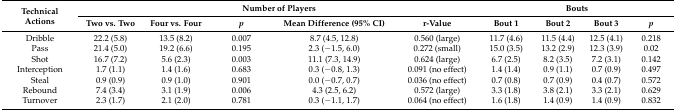
<table><thead><tr><td rowspan="2"><b>Technical Actions</b></td><td colspan="5"><b>Number of Players</b></td><td colspan="4"><b>Bouts</b></td></tr><tr><td><b>Two vs. Two</b></td><td><b>Four vs. Four</b></td><td><b><i>p</i></b></td><td><b>Mean Difference (95% CI)</b></td><td><b>r-Value</b></td><td><b>Bout 1</b></td><td><b>Bout 2</b></td><td><b>Bout 3</b></td><td><b><i>p</i></b></td></tr></thead><tbody><tr><td>Dribble</td><td>22.2 (5.8)</td><td>13.5 (8.2)</td><td>0.007</td><td>8.7 (4.5, 12.8)</td><td>0.560 (large)</td><td>11.7 (4.6)</td><td>11.5 (4.4)</td><td>12.5 (4.1)</td><td>0.218</td></tr><tr><td>Pass</td><td>21.4 (5.0)</td><td>19.2 (6.6)</td><td>0.195</td><td>2.3 (−1.5, 6.0)</td><td>0.272 (small)</td><td>15.0 (3.5)</td><td>13.2 (2.9)</td><td>12.3 (3.9)</td><td>0.02</td></tr><tr><td>Shot</td><td>16.7 (7.2)</td><td>5.6 (2.3)</td><td>0.003</td><td>11.1 (7.3, 14.9)</td><td>0.624 (large)</td><td>6.7 (2.5)</td><td>8.2 (3.5)</td><td>7.2 (3.1)</td><td>0.142</td></tr><tr><td>Interception</td><td>1.7 (1.1)</td><td>1.4 (1.6)</td><td>0.683</td><td>0.3 (−0.8, 1.3)</td><td>0.091 (no effect)</td><td>1.4 (1.4)</td><td>0.9 (1.1)</td><td>0.7 (0.9)</td><td>0.497</td></tr><tr><td>Steal</td><td>0.9 (0.9)</td><td>0.9 (1.0)</td><td>0.901</td><td>0.0 (−0.7, 0.7)</td><td>0.036 (no effect)</td><td>0.7 (0.8)</td><td>0.7 (0.9)</td><td>0.4 (0.7)</td><td>0.572</td></tr><tr><td>Rebound</td><td>7.4 (3.4)</td><td>3.1 (1.9)</td><td>0.006</td><td>4.3 (2.5, 6.2)</td><td>0.572 (large)</td><td>3.3 (1.8)</td><td>3.8 (2.1)</td><td>3.3 (2.1)</td><td>0.629</td></tr><tr><td>Turnover</td><td>2.3 (1.7)</td><td>2.1 (2.0)</td><td>0.781</td><td>0.3 (−1.1, 1.7)</td><td>0.064 (no effect)</td><td>1.6 (1.8)</td><td>1.4 (0.9)</td><td>1.4 (0.9)</td><td>0.832</td></tr></tbody></table>